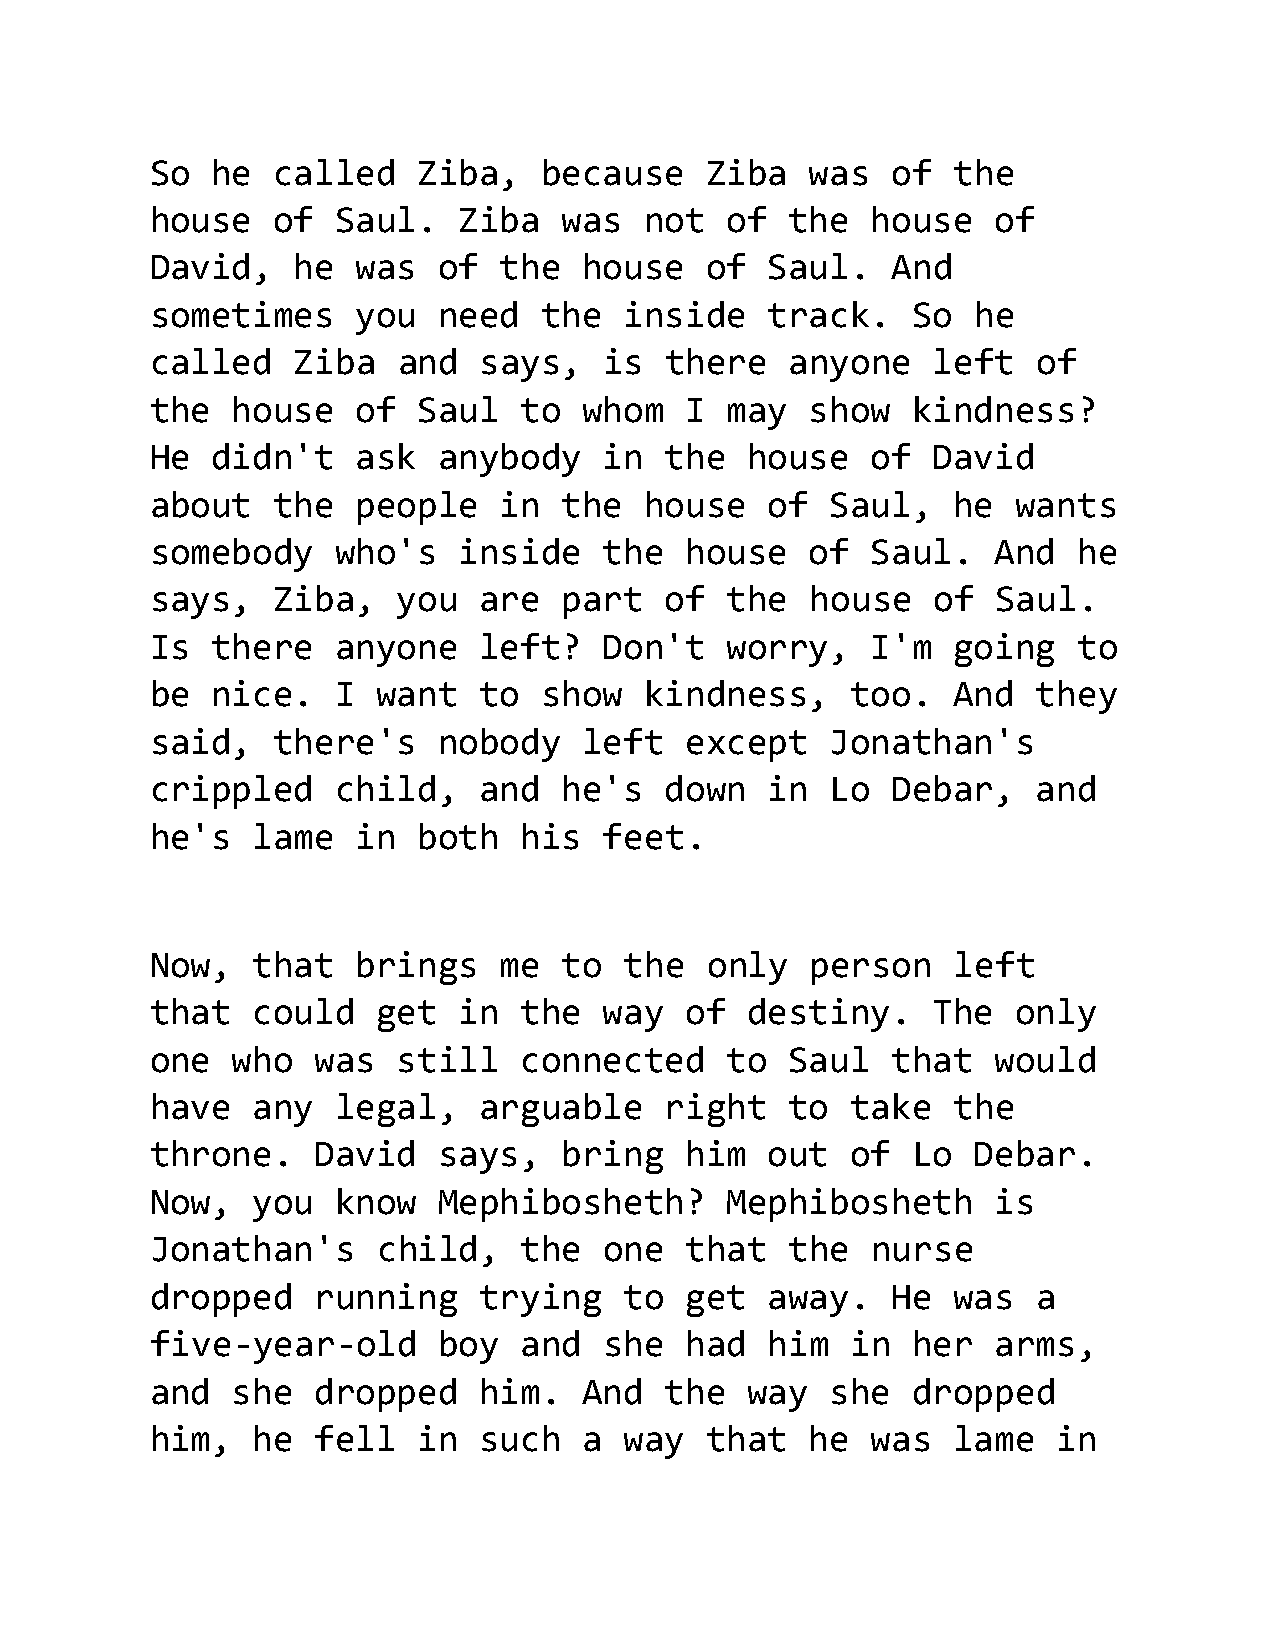
So  he  called    Ziba,   because    Ziba   was  of  the
 house   of  Saul.   Ziba   was   not  of  the   house   of
 David,   he   was  of  the   house   of  Saul.   And
 sometimes     you  need   the  inside    track.   So   he
 called   Ziba   and   says,   is  there   anyone    left   of
 the  house    of  Saul  to   whom  I  may   show  kindness?
 He  didn't    ask  anybody    in  the   house   of  David
 about   the   people   in  the   house   of  Saul,   he  wants
 somebody    who's   inside    the  house    of  Saul.   And  he
 says,   Ziba,   you   are  part   of  the   house   of  Saul.
 Is  there   anyone    left?   Don't   worry,    I'm  going   to
 be  nice.   I  want   to  show   kindness,    too.   And   they
 said,   there's    nobody    left  except    Jonathan's
 crippled    child,    and  he's   down   in  Lo  Debar,    and
 he's   lame   in  both  his   feet.
 Now,   that   brings   me  to  the   only   person   left
 that   could   get  in  the   way  of   destiny.    The  only
 one  who   was  still   connected     to  Saul   that   would
 have   any  legal,    arguable    right   to  take   the
 throne.    David   says,   bring   him   out  of  Lo   Debar.
 Now,   you  know   Mephibosheth?      Mephibosheth      is
 Jonathan's     child,    the  one  that   the   nurse
 dropped    running    trying   to  get   away.   He  was   a
 five-year-old      boy   and  she  had   him  in  her   arms,
 and  she   dropped    him.   And  the   way  she  dropped
 him,   he  fell   in  such   a way   that   he  was  lame   in